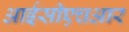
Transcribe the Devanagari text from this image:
आईसीएचआर